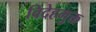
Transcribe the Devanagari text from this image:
विदेहमुक्त